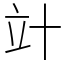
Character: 竍